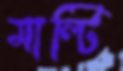
মাল্টি